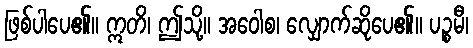
ဖြစ်ပါပေ၏။ ဣတိ၊ ဤသို့။ အဝေါစ၊ လျှောက်ဆိုပေ၏။ ပဉ္စမီ၊